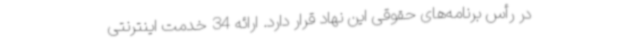
در رأس برنامه‌های حقوقی این نهاد قرار دارد. ارائه 34 خدمت اینترنتی